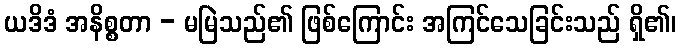
ယဒိဒံ အနိစ္စတာ - မမြဲသည်၏ ဖြစ်ကြောင်း အကြင်သေခြင်းသည် ရှိ၏၊